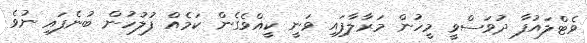
ވެޓްލައުފާ ދުވަސްވީ މީހުން މަރާލާފައި ވަނީ ކީއްވެގެން ކަމެއް ފުލުހުން ބުނެފައި ނުވެ